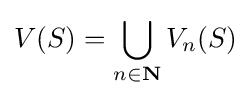
V(S)=\bigcup _{n\in \mathbf {N} }V_{n}(S)